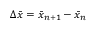
\Delta \bar { x } = \bar { x } _ { n + 1 } - \bar { x } _ { n }